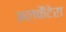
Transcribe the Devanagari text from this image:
अलकैंटेरा